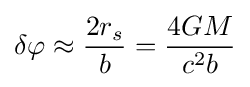
\delta \varphi \approx {\frac {2r_{s}}{b}}={\frac {4GM}{c^{2}b}}